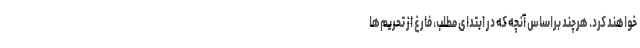
خواهند کرد. هرچند براساس آنچه که در ابتدای مطلب، فارغ از تحریم‌ها